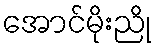
အောင်မိုးညို